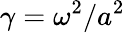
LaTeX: \gamma=\omega^{2}/a^{2}